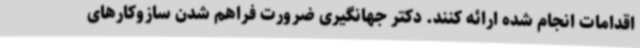
اقدامات انجام شده ارائه کنند. دکتر جهانگیری ضرورت فراهم شدن سازوکارهای